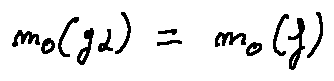
m _ { 0 } ( g _ { \alpha } ) = m _ { 0 } ( f )